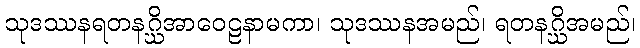
သုဒဿနရတနဂ္ဃိအာဝေဠနာမကာ၊ သုဒဿနအမည်၊ ရတနဂ္ဃိအမည်၊